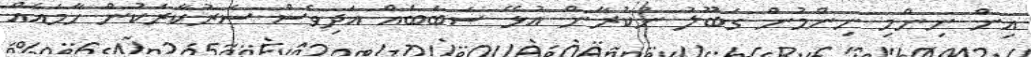
އިން ނިންމި ނިންމުން ގަބޫލު ނުކުރާން އުޅޭ ސަބަބެއް އަދިވެސް ސަރުކާރަކުން ހާމައެއް